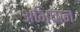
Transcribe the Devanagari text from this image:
अभिघान